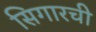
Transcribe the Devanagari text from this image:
सिगारची